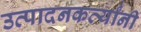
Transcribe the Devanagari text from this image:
उत्पादनकर्त्यांनी